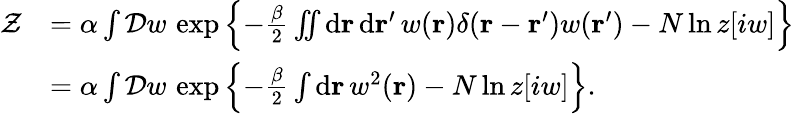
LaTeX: \begin{array}{rl}{\mathcal{Z}}&{=\alpha\int\mathcal{D}w\, \exp\left\{ -\frac{\beta}{2}\iint\mathrm{d}\mathbf{r}\, \mathrm{d}\mathbf{r}^{\prime}\, w(\mathbf{r})\delta(\mathbf{r}-\mathbf{r}^{\prime})w(\mathbf{r}^{\prime})-N\ln z[iw]\right\} }\\ &{=\alpha\int\mathcal{D}w\, \exp\left\{ -\frac{\beta}{2}\int\mathrm{d}\mathbf{r}\, w^{2}(\mathbf{r})-N\ln z[iw]\right\} .}\end{array}